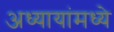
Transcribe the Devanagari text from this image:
अध्यायांमध्ये